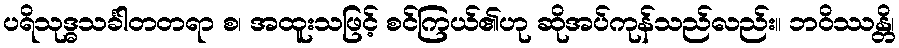
ပရိသုဒ္ဓသင်္ခါတတရာ စ၊ အထူးသဖြင့် စင်ကြယ်၏ဟု ဆိုအပ်ကုန်သည်လည်း။ ဘဝိဿန္တိ၊